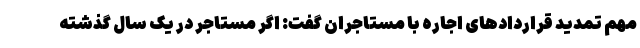
مهم تمدید قراردادهای اجاره با مستاجران گفت: اگر مستاجر در یک سال گذشته